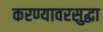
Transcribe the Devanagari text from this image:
करण्यावरसुद्धा